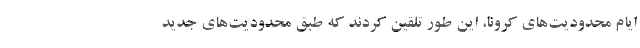
ایام محدودیت‌های کرونا، این طور تلقین کردند که طبق محدودیت‌های جدید